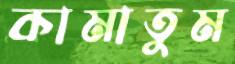
কামাতুম